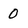
Character: 0